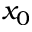
x _ { 0 }